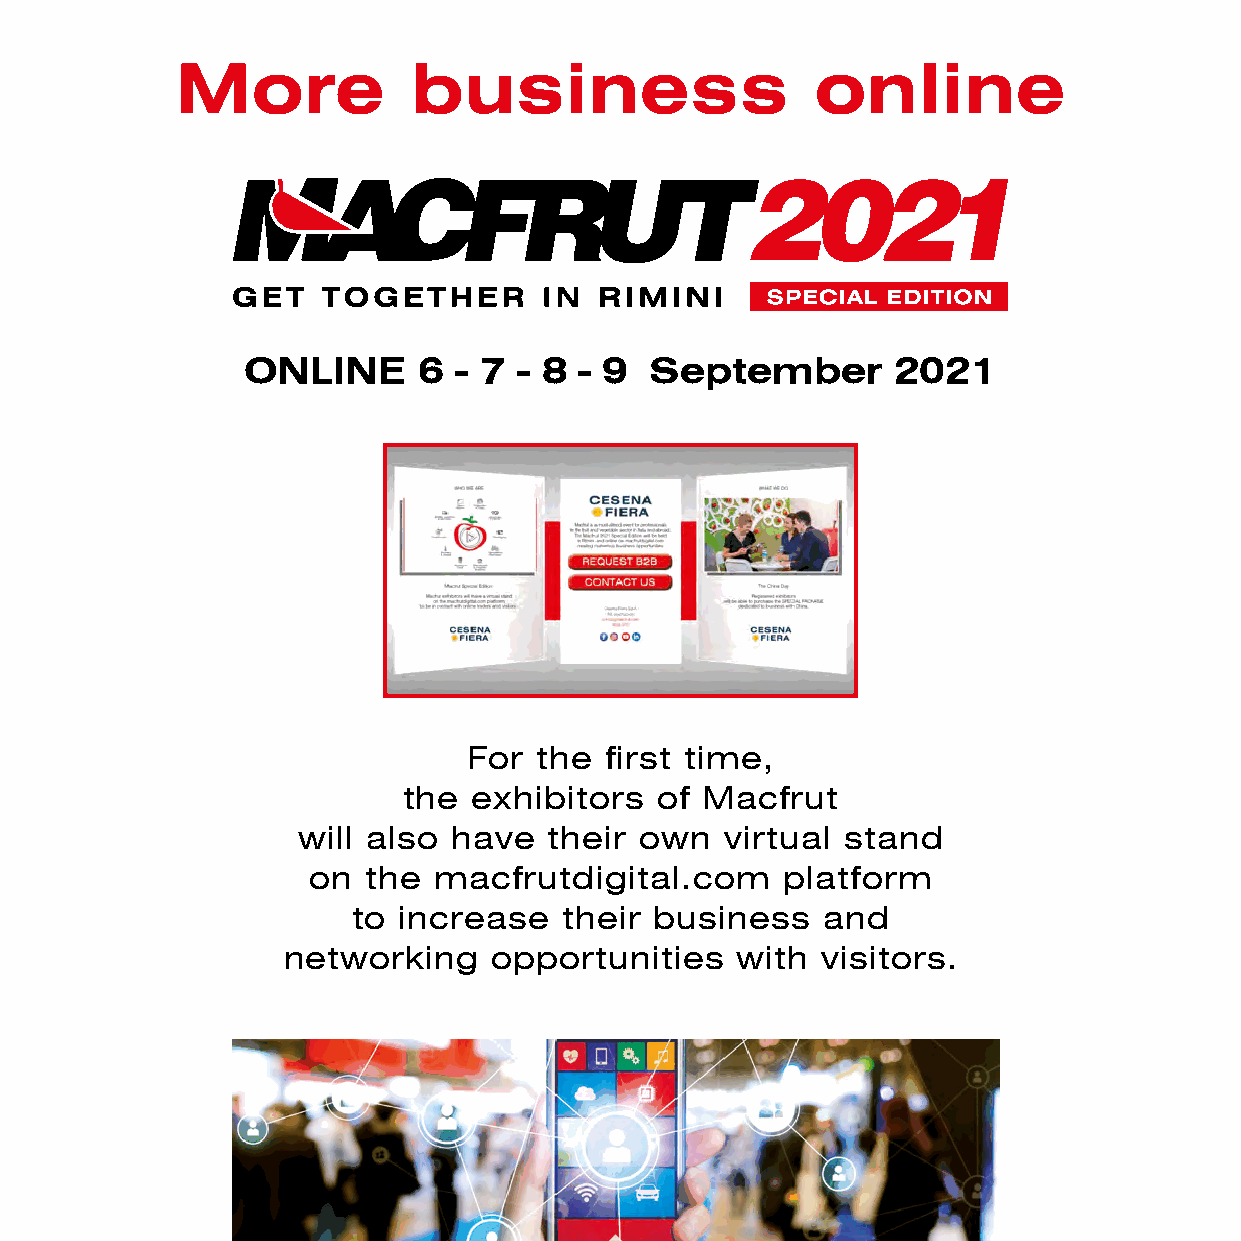
More           business                   online
 ONLINE      6 - 7 - 8 - 9  September       2021
 For the  first time,
 the exhibitors  of Macfrut
 will also have  their own   virtual stand
 on  the  macfrutdigital.com     platform
 to increase   their business   and
 networking   opportunities    with visitors.